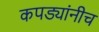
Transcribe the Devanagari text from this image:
कपड्यांनीच